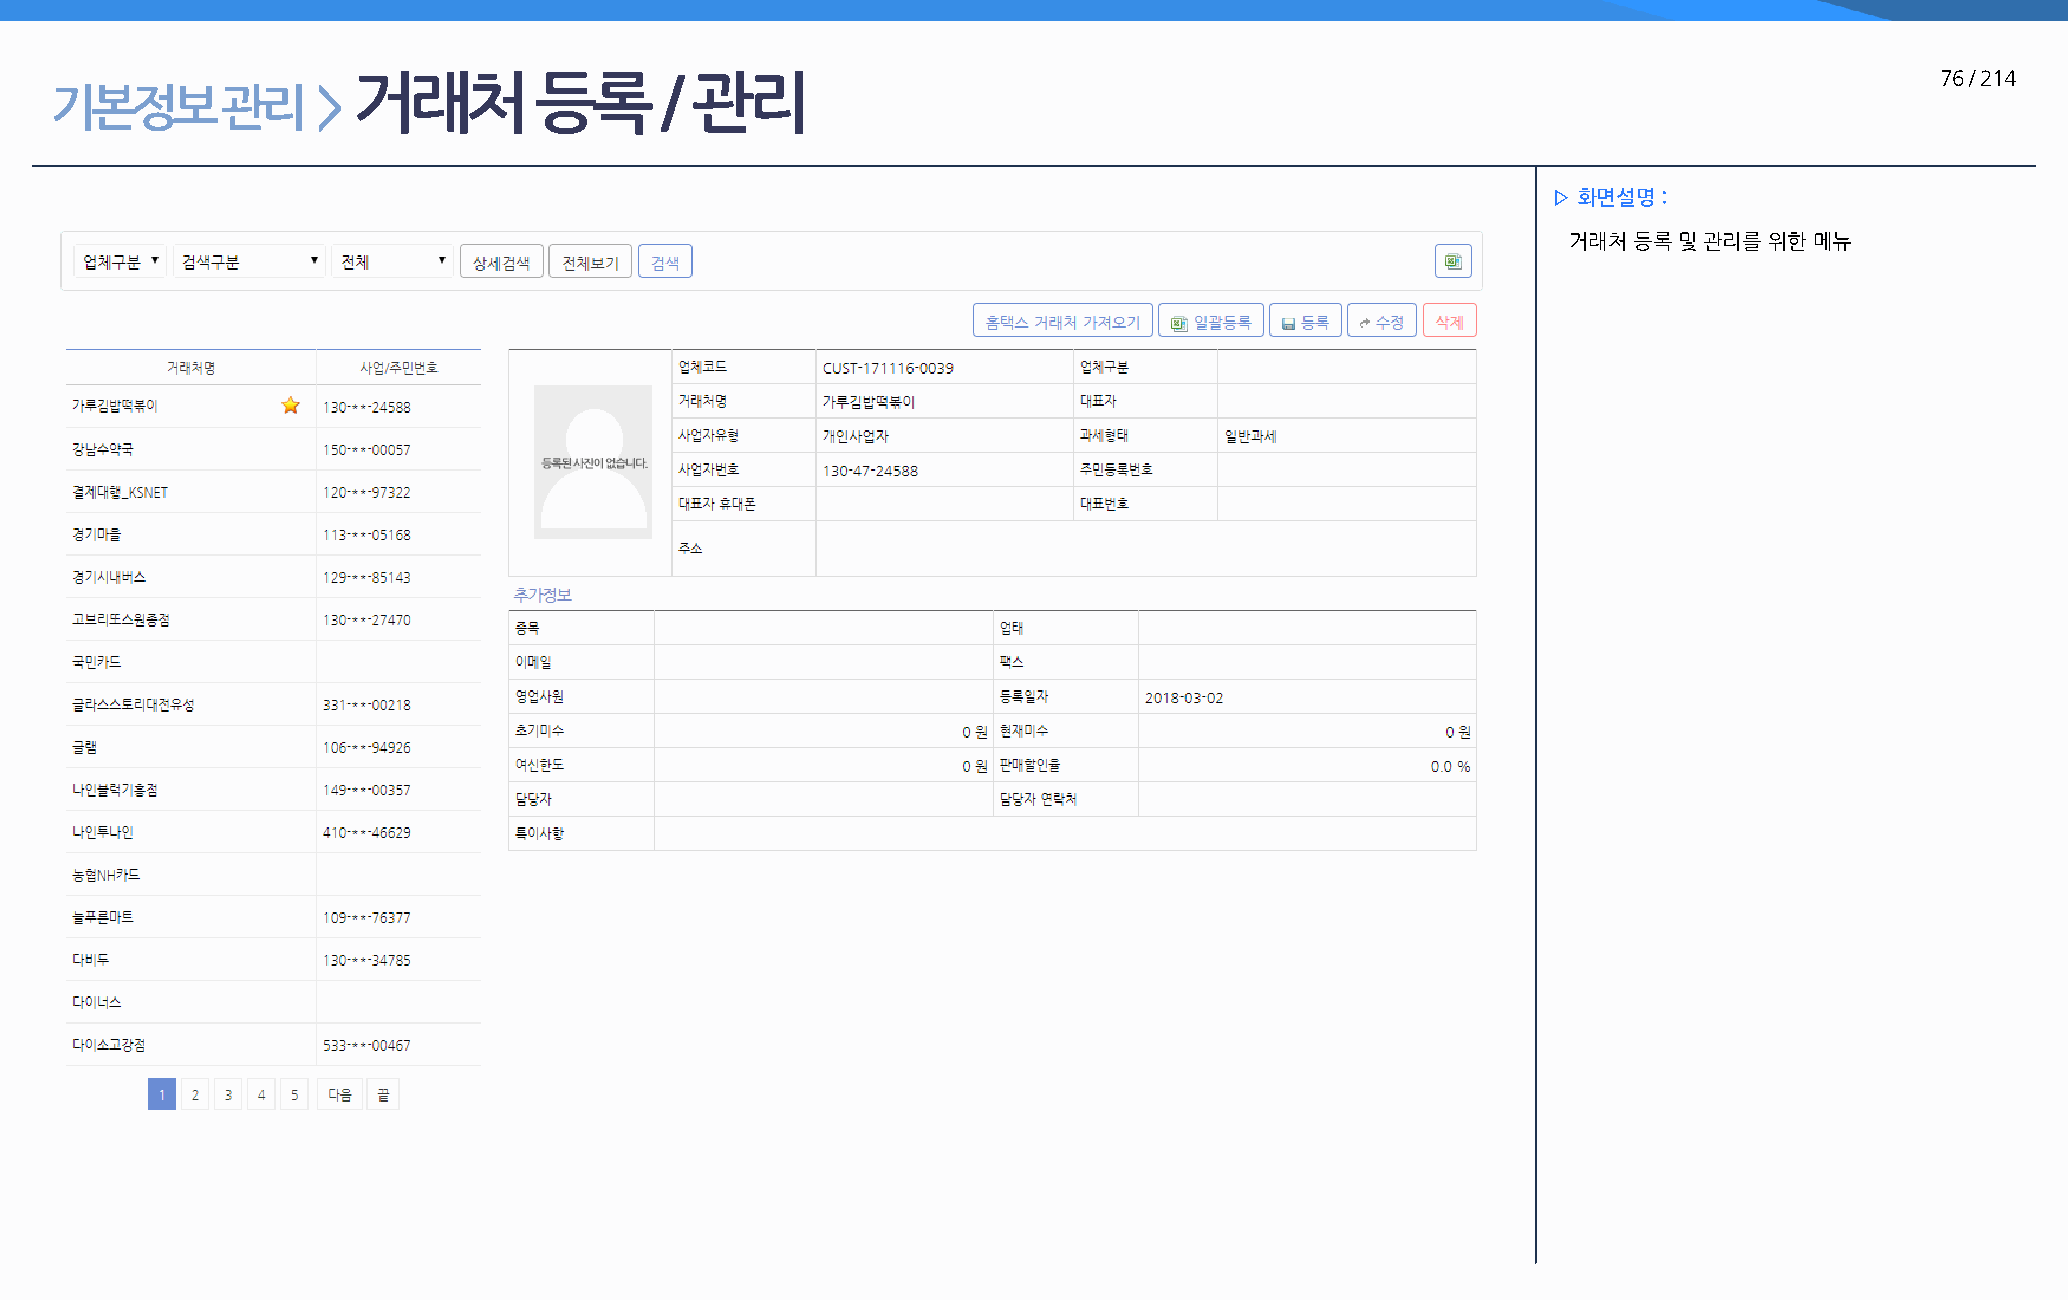
거래처         등록       / 관리                                                                                76 / 214
 기본정보        관리    >
 ▷ 화면설명 :
 거래처 등록 및 관리를 위한 메뉴